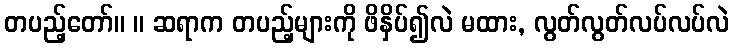
တပည့်တော်။ ။ ဆရာက တပည့်များကို ဖိနှိပ်၍လဲ မထား, လွတ်လွတ်လပ်လပ်လဲ